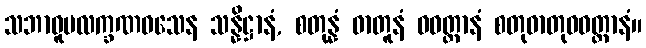
သဘာဝူပလက္ခဏဝသေန သန္နိဋ္ဌာနံ, စတုန္နံ ဓာတူနံ ဝဝတ္ထာနံ စတုဓာတုဝဝတ္ထာနံ။